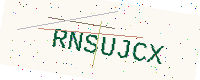
Text: RNSUJCX